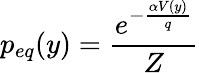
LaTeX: p_{eq}(y)=\frac{e^{-\frac{\alpha V(y)}{q}}}{Z}